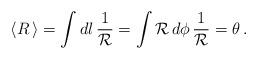
LaTeX: \begin{align*}\langle R \, \rangle = \int d {l} \, \frac{1}{\cal R}= \int {\cal R} \, d\phi \, \frac{1}{\cal R} = \theta \, .\end{align*}